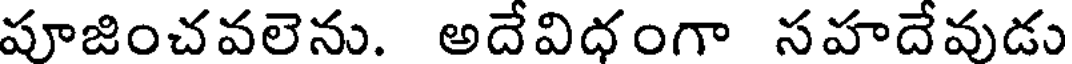
పూజించవలెను. అదేవిధంగా సహదేవుడు